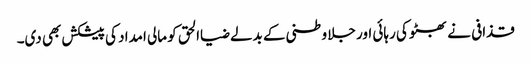
قذافی نے بھٹو کی رہائی اور جلا وطنی کے بدلے ضیاالحق کو مالی امداد کی پیشکش بھی دی۔